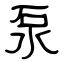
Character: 泵